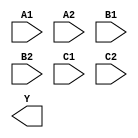
module sky130_fd_sc_hs__a222oi (
    //# {{data|Data Signals}}
    input  A1,
    input  A2,
    input  B1,
    input  B2,
    input  C1,
    input  C2,
    output Y
);

    // Voltage supply signals
    supply1 VPWR;
    supply0 VGND;

endmodule